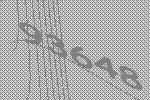
93648